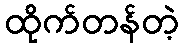
ထိုက်တန်တဲ့